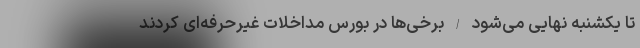
تا یکشنبه نهایی می‌شود / برخی‌ها در بورس ‌‌مداخلات غیر‌حرفه‌ای کردند